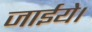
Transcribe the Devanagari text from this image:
जाईये।